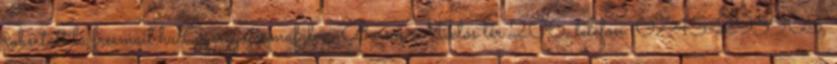
robertattila freemail.hu Gyergyócsomafalva, Borsos Miklós tér 206, telefon: 0745-295905,